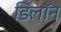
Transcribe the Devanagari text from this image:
डिलॉन